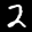
Label: 2